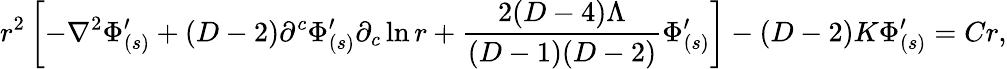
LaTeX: r^{2}\left[-\nabla^{2}\Phi_{(s)}^{\prime}+(D-2)\partial^{c}\Phi_{(s)}^{\prime}\partial_{c}\ln r+\frac{2(D-4)\Lambda}{(D-1)(D-2)}\Phi_{(s)}^{\prime}\right]-(D-2)K\Phi_{(s)}^{\prime}=Cr,